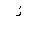
Letter: _zay